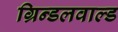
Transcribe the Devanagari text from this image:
ग्रिन्डलवाल्ड